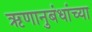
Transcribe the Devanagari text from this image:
ऋणानुबंधांच्या